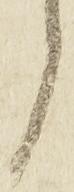
郎